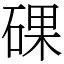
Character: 䂺